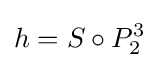
h=S\circ P_{2}^{3}